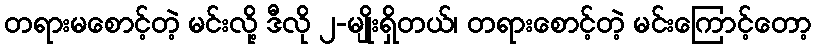
တရားမစောင့်တဲ့ မင်းလို့ ဒီလို ၂-မျိုးရှိတယ်၊ တရားစောင့်တဲ့ မင်းကြောင့်တော့